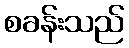
စခန်းသည်